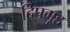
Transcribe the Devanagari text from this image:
दिपगृह